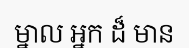
ម្នាល អ្នក ដ៏ មាន